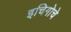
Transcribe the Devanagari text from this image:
इचिगोचे